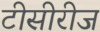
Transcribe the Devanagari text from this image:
टीसीरीज